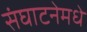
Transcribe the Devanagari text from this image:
संघाटनेमधे